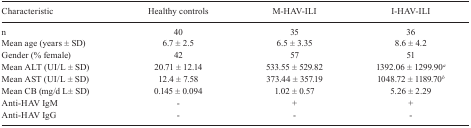
<table><thead><tr><td><b> Characteristic</b></td><td><b> Healthy controls</b></td><td><b> M-HAV-ILI</b></td><td><b> I-HAV-ILI</b></td></tr></thead><tbody><tr><td> n</td><td>40</td><td>35</td><td>36</td></tr><tr><td> Mean age (years ± SD)</td><td>6.7 ± 2.5</td><td>6.5 ± 3.35</td><td>8.6 ± 4.2</td></tr><tr><td> Gender (% female)</td><td>42</td><td>57</td><td>51</td></tr><tr><td> Mean ALT (UI/L ± SD)</td><td>20.71 ± 12.14</td><td>533.55 ± 529.82</td><td>1392.06 ± 1299.90<sup><i>a</i></sup></td></tr><tr><td> Mean AST (UI/L ± SD)</td><td>12.4 ± 7.58</td><td>373.44 ± 357.19</td><td>1048.72 ± 1189.70<sup><i>b</i></sup></td></tr><tr><td> Mean CB (mg/d L± SD)</td><td>0.145 ± 0.094</td><td>1.02 ± 0.57</td><td>5.26 ± 2.29</td></tr><tr><td> Anti-HAV IgM</td><td>-</td><td>+</td><td>+</td></tr><tr><td> Anti-HAV IgG</td><td>-</td><td>-</td><td>-</td></tr></tbody></table>